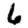
Digit: 6